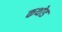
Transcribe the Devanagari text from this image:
कथोड